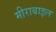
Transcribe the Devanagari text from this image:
मीराबाइल